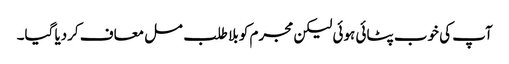
آپ کی خوب پٹائی ہوئی لیکن مجرم کو بلا طلب مسل معاف کردیا گیا۔